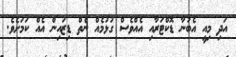
އަދި މިއީ އެބުނާ ޑޮކްޓަރާއި އެއްވެސް ގުޅުމެއް ނެތް ޑިޒައިން އެއް ކަމަށެވެ.